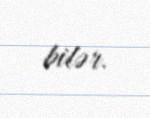
bilər.